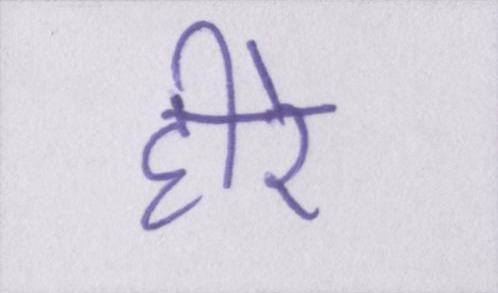
हीरे